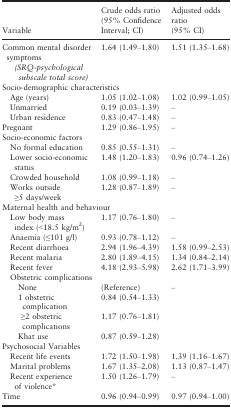
<table><thead><tr><td><b>Variable</b></td><td><b>Crude odds ratio (95% Confidence Interval; CI)</b></td><td><b>Adjusted odds ratio (95% CI)</b></td></tr></thead><tbody><tr><td>Common mental disorder symptoms <i> (SRQ‐psychological subscale total score)</i></td><td>1.64 (1.49–1.80)</td><td>1.51 (1.35–1.68)</td></tr><tr><td colspan="3">Socio‐demographic characteristics</td></tr><tr><td>Age (years)</td><td>1.05 (1.02–1.08)</td><td>1.02 (0.99–1.05)</td></tr><tr><td>Unmarried</td><td>0.19 (0.03–1.39)</td><td>–</td></tr><tr><td>Urban residence</td><td>0.83 (0.47–1.48)</td><td>–</td></tr><tr><td>Pregnant</td><td>1.29 (0.86–1.95)</td><td>–</td></tr><tr><td colspan="3">Socio‐economic factors</td></tr><tr><td>No formal education</td><td>0.85 (0.55–1.31)</td><td>–</td></tr><tr><td>Lower socio‐economic status</td><td>1.48 (1.20–1.83)</td><td>0.96 (0.74–1.26)</td></tr><tr><td>Crowded household</td><td>1.08 (0.99–1.18)</td><td>–</td></tr><tr><td>Works outside ≥5 days/week</td><td>1.28 (0.87–1.89)</td><td>–</td></tr><tr><td colspan="3">Maternal health and behaviour</td></tr><tr><td>Low body mass index (&lt;18.5 kg/m<sup>2</sup>)</td><td>1.17 (0.76–1.80)</td><td>–</td></tr><tr><td>Anaemia (≤101 g/l)</td><td>0.93 (0.78–1.12)</td><td>–</td></tr><tr><td>Recent diarrhoea</td><td>2.94 (1.96–4.39)</td><td>1.58 (0.99–2.53)</td></tr><tr><td>Recent malaria</td><td>2.80 (1.89–4.15)</td><td>1.34 (0.84–2.14)</td></tr><tr><td>Recent fever</td><td>4.18 (2.93–5.98)</td><td>2.62 (1.71–3.99)</td></tr><tr><td colspan="3">Obstetric complications</td></tr><tr><td>None</td><td>(Reference)</td><td rowspan="4">–</td></tr><tr><td>1 obstetric complication</td><td>0.84 (0.54–1.33)</td></tr><tr><td> ≥2 obstetric complications</td><td>1.17 (0.76–1.81)</td></tr><tr><td>Khat use</td><td>0.87 (0.59–1.28)</td></tr><tr><td colspan="3">Psychosocial Variables</td></tr><tr><td>Recent life events</td><td>1.72 (1.50–1.98)</td><td>1.39 (1.16–1.67)</td></tr><tr><td>Marital problems</td><td>1.67 (1.35–2.08)</td><td>1.13 (0.87–1.47)</td></tr><tr><td>Recent experience of violencea</td><td>1.50 (1.26–1.79)</td><td>–</td></tr><tr><td>Time</td><td>0.96 (0.94–0.99)</td><td>0.97 (0.94–1.00)</td></tr></tbody></table>